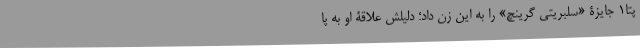
پتا۱ جایزۀ «سلبریتی گرینچ» را به این زن داد؛ دلیلش علاقۀ او به پا